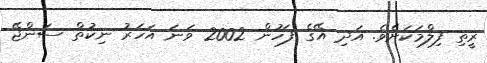
ރީތި ފިލްމަކަށެވެ. އަދި އޭގެ ފަހުން 2002 ވަނަ އަހަރު ނިކުތް ސަންޖޭ